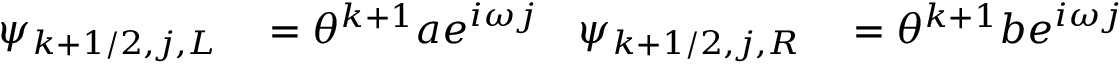
\begin{array} { r l r l } { \psi _ { k + 1 / 2 , j , L } } & { { } = \theta ^ { k + 1 } a e ^ { i \omega j } } & { \psi _ { k + 1 / 2 , j , R } } & { { } = \theta ^ { k + 1 } b e ^ { i \omega j } } \end{array}